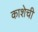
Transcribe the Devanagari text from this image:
काशेची